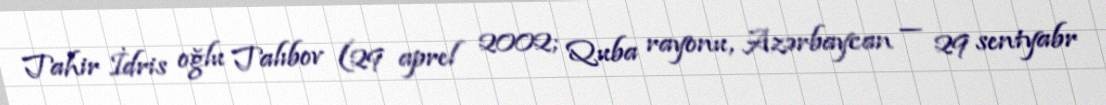
Tahir İdris oğlu Talıbov (29 aprel 2002; Quba rayonu, Azərbaycan — 29 sentyabr